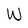
Character: W